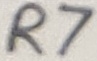
Text: R7